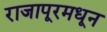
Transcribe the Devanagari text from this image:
राजापूरमधून